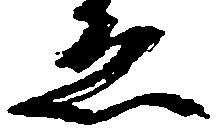
ゑ